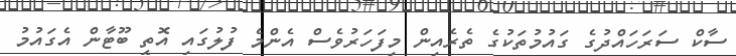
ސާކް ސަރަހައްދުގެ ގައުމުތަކުގެ ތެރެއިން މިފަހަރުވެސް އެންމެ ފުލުގައި އޮތީ ބޫޓާން އެގައުމު